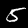
Digit: 5